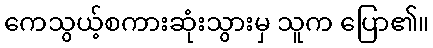
ကေသွယ့်စကားဆုံးသွားမှ သူက ပြော၏။